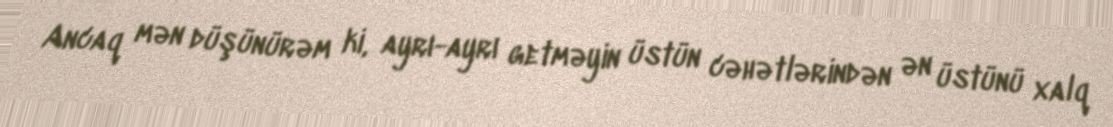
Ancaq mən düşünürəm ki, ayrı-ayrı getməyin üstün cəhətlərindən ən üstünü xalq